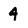
Character: 4